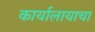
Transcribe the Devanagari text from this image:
कार्यालायाचा